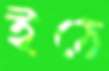
ইঠে